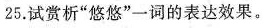
25.试赏析”悠悠”一词的表达效果。